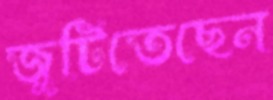
জুটিতেছেন